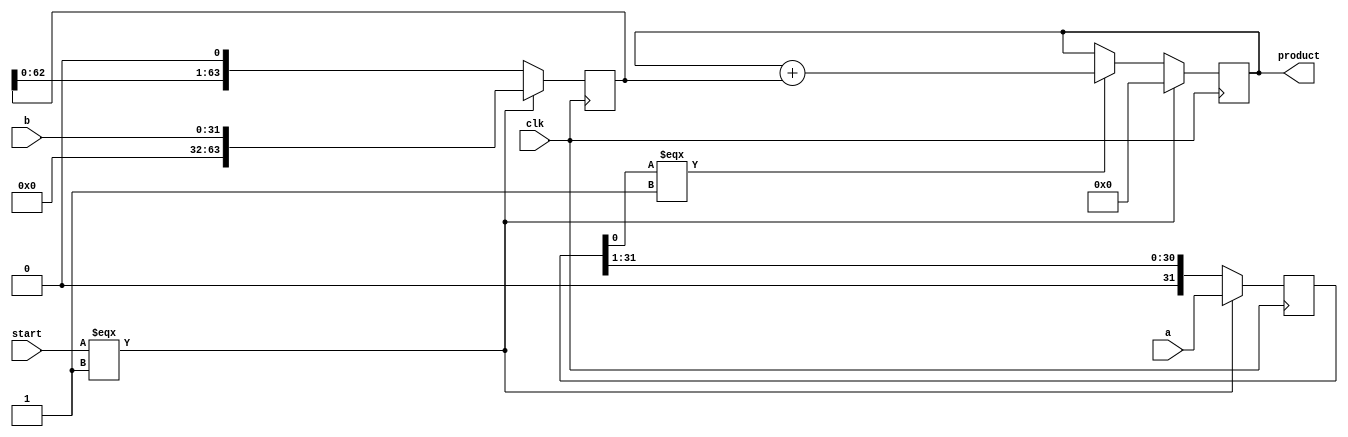
module int_multiplier
#(parameter width = 32)
(
  output reg [2*width-1:0] product,
  input [width-1:0] a,
  input [width-1:0] b,
  input start,
  input clk
);

  reg [width-1:0] a_reg;
  reg [2*width-1:0] b_reg;

  always @(posedge clk) begin
    if (start === 1) begin
      a_reg <= a;
      b_reg <= b;
      product <= 1'b0;
    end else begin
      if (a_reg[0] === 1) begin
        product = product + b_reg;
      end
      a_reg <= a_reg >> 1;
      b_reg <= b_reg << 1;
    end
  end

endmodule